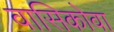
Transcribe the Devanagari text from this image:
वासिकोवा